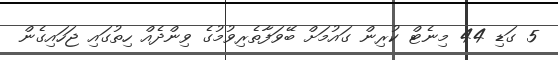
5 ގަޑި 44 މިނެޓް ކުރިން ގައުމަށް ބޭވަފާތެރިވުމުގެ ވިންދެއް ހިތުގައި ޖަހައިގެން